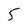
Character: 5